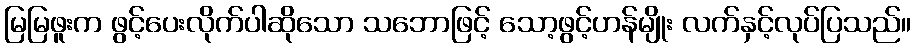
မြမြဖူးက ဖွင့်ပေးလိုက်ပါဆိုသော သဘောဖြင့် သော့ဖွင့်ဟန်မျိုး လက်နှင့်လုပ်ပြသည်။